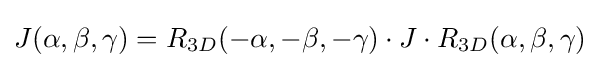
J(\alpha ,\beta ,\gamma )=R_{3D}(-\alpha ,-\beta ,-\gamma )\cdot J\cdot R_{3D}(\alpha ,\beta ,\gamma )